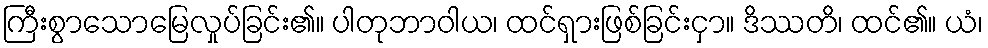
ကြီးစွာသောမြေလှုပ်ခြင်း၏။ ပါတုဘာဝါယ၊ ထင်ရှားဖြစ်ခြင်းငှာ။ ဒိဿတိ၊ ထင်၏။ ယံ၊